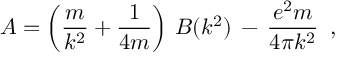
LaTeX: A = \left( \frac { m } { k ^ { 2 } } + \frac { 1 } { 4 m } \right) \, B ( k ^ { 2 } ) \, - \, \frac { e ^ { 2 } m } { 4 \pi k ^ { 2 } } \, \, \, , \,